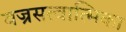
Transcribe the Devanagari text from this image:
वज्रसत्वात्मिका